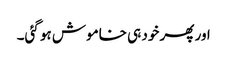
اور پھر خود ہی خاموش ہو گئی۔